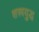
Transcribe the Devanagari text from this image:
शस्त्रयुद्ध